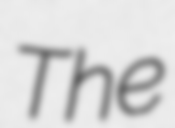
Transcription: The